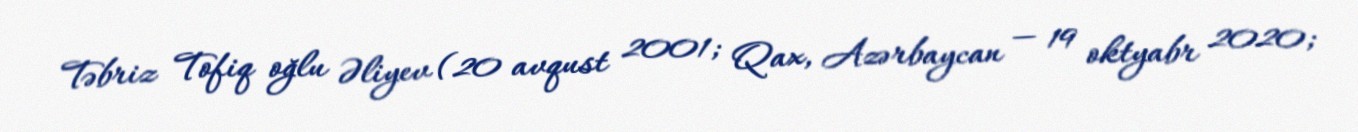
Təbriz Tofiq oğlu Əliyev (20 avqust 2001; Qax, Azərbaycan — 19 oktyabr 2020;